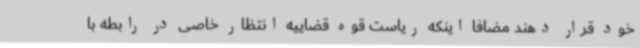
خود قرار دهند مضافاً اینکه ریاست قوه قضاییه انتظار خاصی در رابطه با